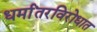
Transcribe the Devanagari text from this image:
धर्मांतरविरोधात